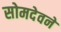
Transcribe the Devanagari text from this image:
सोमदेवने